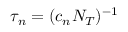
\tau _ { n } = ( c _ { n } N _ { T } ) ^ { - 1 }